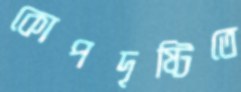
কোপদৃষ্টিতে